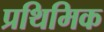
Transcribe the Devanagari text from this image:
प्रथिमिक